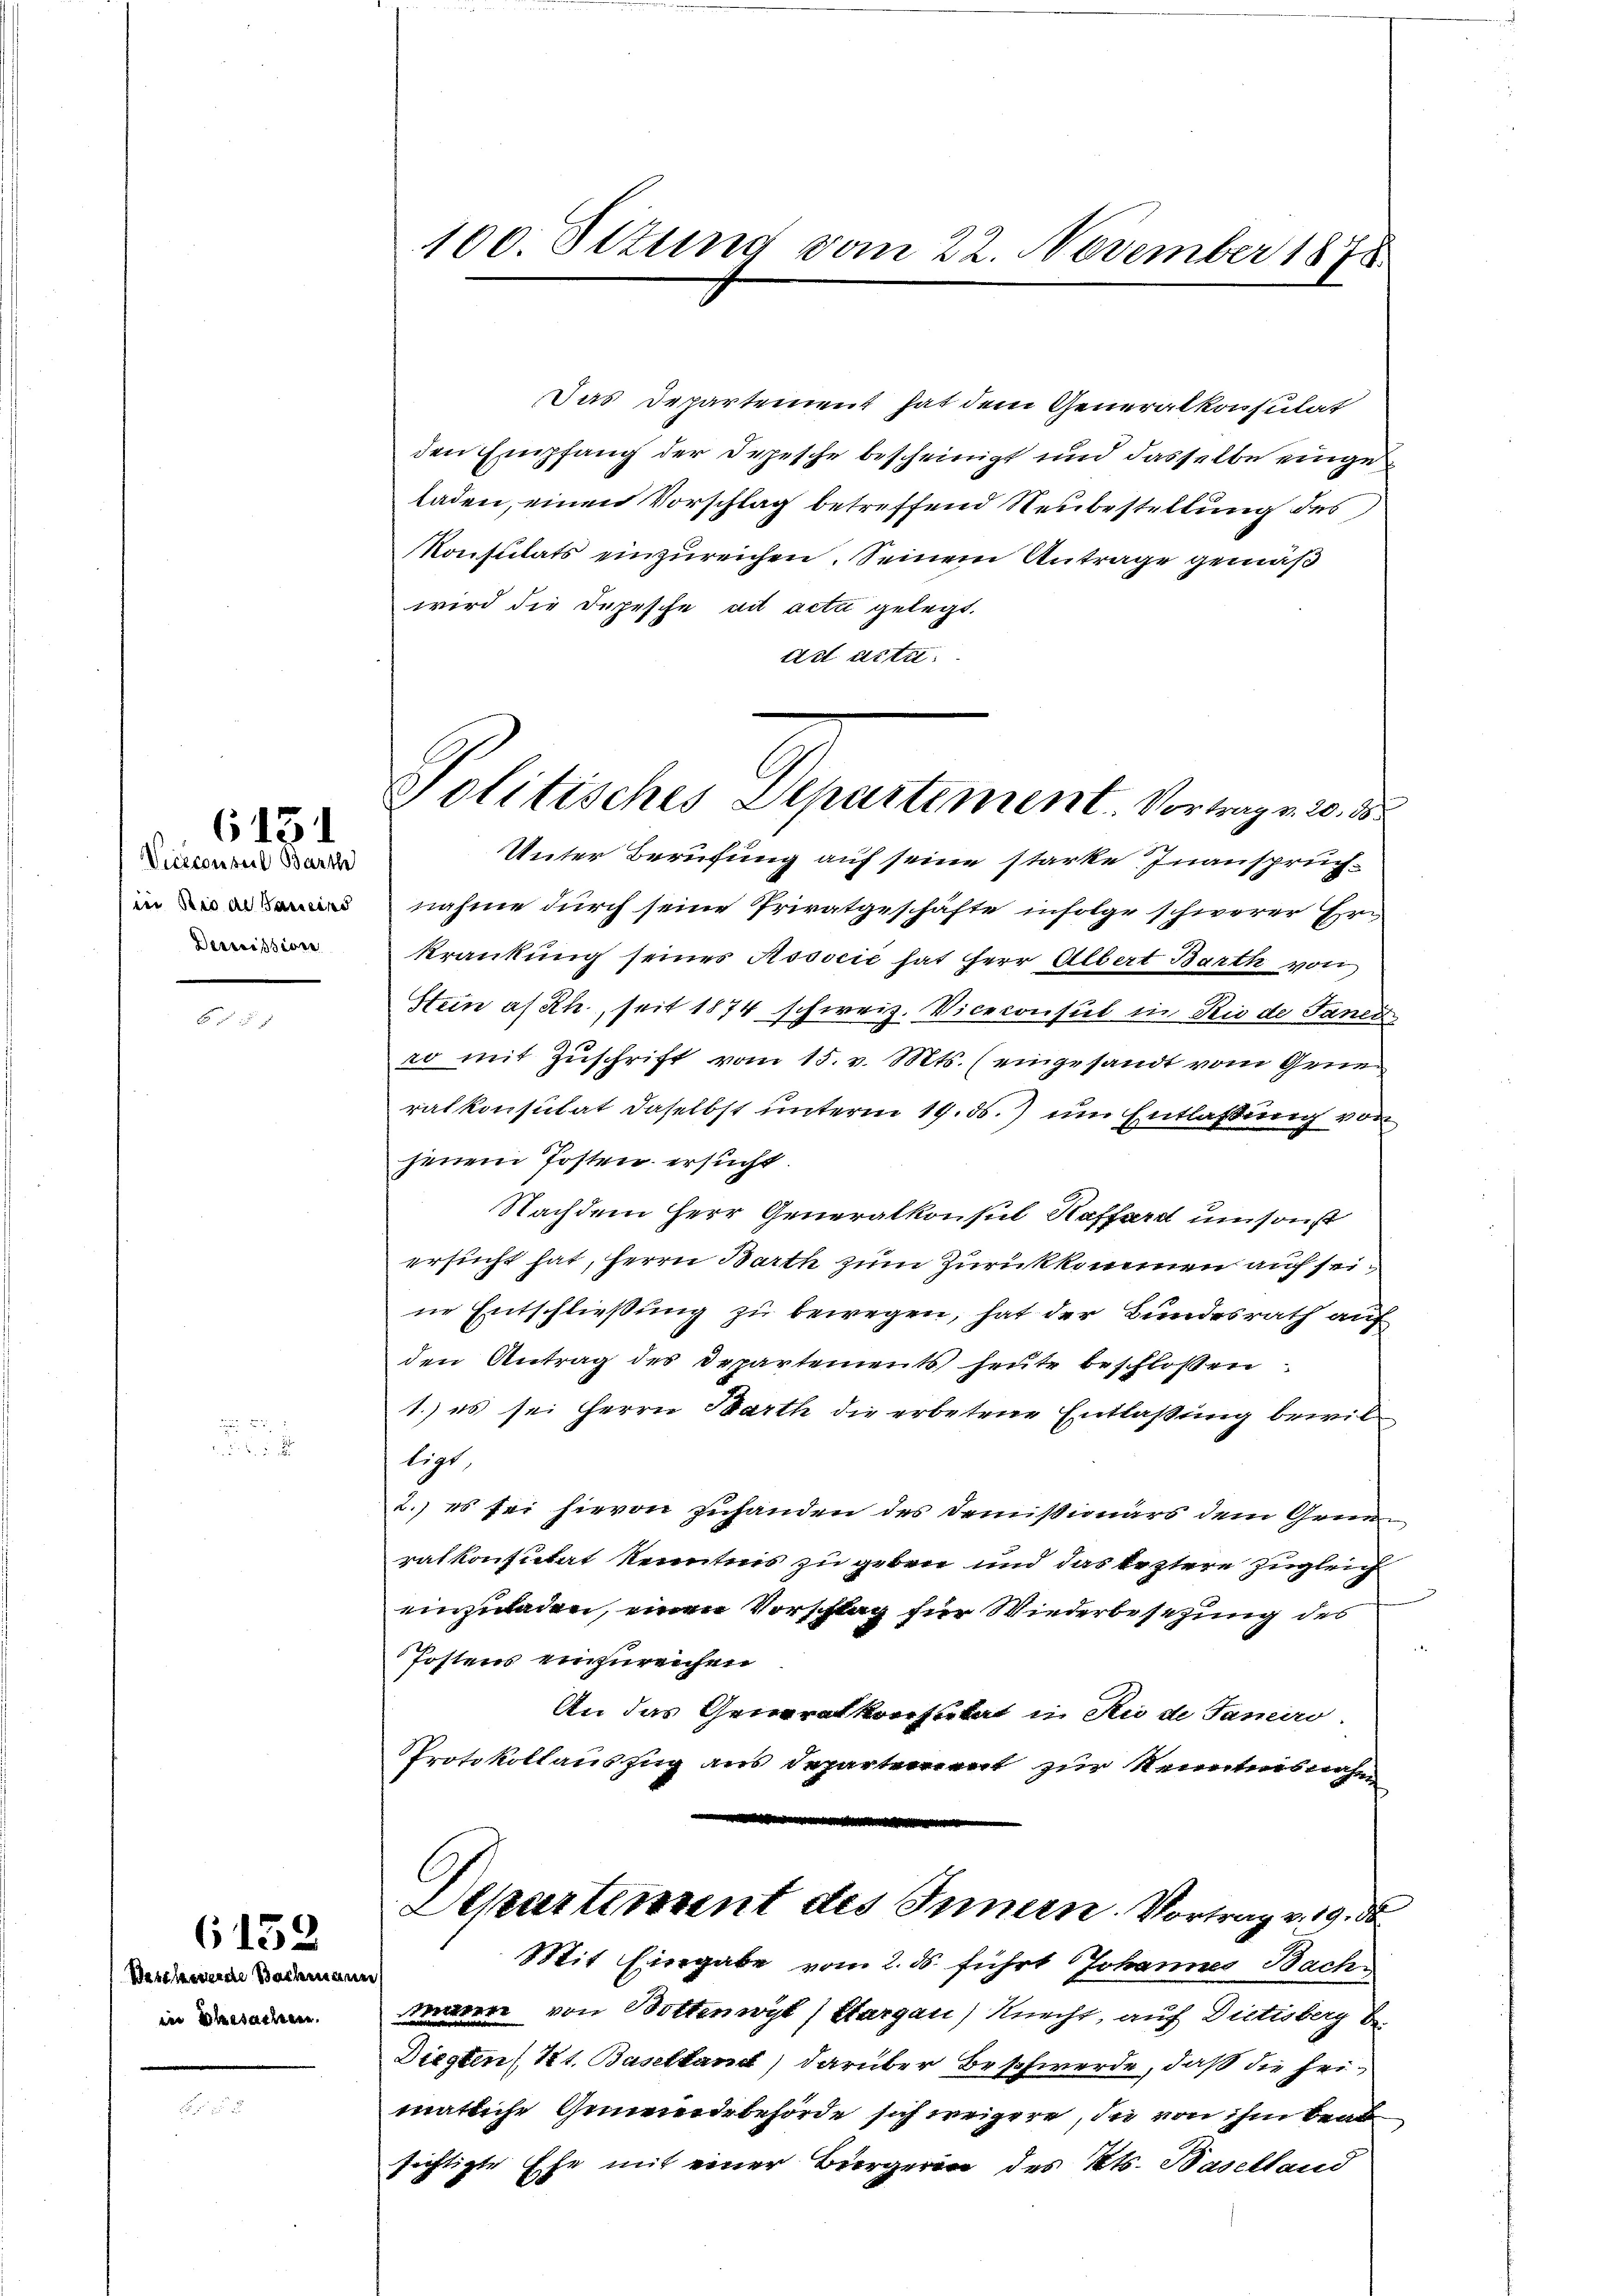
Viceconseil Barthe
in Rival Sameind
Dermissione

6131

Westseinende Bachmann
in Ehesachen.

6152

100. Sttung vom 22. November 1878

Das Departement hat dem Generalkonsulat
den Empfang der Depesche bescheinigt und dasselbe eingeladen, einen Vorschlag betreffend Neubestellung des
Konsulats einzŭreichen. Seinem Antrage gemäß
wird die Depesche ad acti gelegt.
ad acta
Unter Berufung auf seine starke Inansprüchnahme durch seine Privatgeschäfte infolge schwerer Erkrankung seines Associć hat Herr Albert Barth von
Stein af Rh., seit 1874 schweiz. Viceconsul in Rio de Janei
ro mit Zuschrift vom 15. v. Mts. (eingesandt vom Generatkonsulat daselbst unterm 19. ds. um Entlaßung von
jenem Posten ersucht.
Nachdem Herr Generalkonsul Kafferet umsonst
ersucht hat, Herrn Barth zum Zurückkommen auf seine Entschließung zu bewegen, hat der Bundesrath auf
den Antrag des Departements heute beschlossen:
1.) es sei Herrn Barth die erbetene Entlaßung bewilligt
2.) es sei hievon zuhanden des Demissionärs dem Grun
ralkonsutat Kenntnis zu geben und das leztere zugleich
einzuladen, einen Vorschlag für Wiederbesezung des
Postens einzureichen
An das Generalkonsulat in Sie de Janes.
Protokollauszug aus Departement zur Kenntnisnahm

C
Departement des Innern. Vortrag v. 19. d
Mit Eingabe vom 2. ds. führt Johannes Bachmanen von Bottenwyl) Sargau) Knecht, auf Dietisberg be¬
Diegten (St. Baselland) darüber Beschwerde, daß die heimatliche Gemeindebehörde sich weigere, die von ihm beab
sichtigte Ehe mit einer Bürgerin des Kts. Baselland

Politisches Departement. Vortrage 2. d